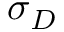
\sigma _ { D }